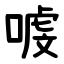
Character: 㗔